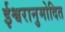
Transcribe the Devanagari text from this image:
ईश्वरानुमोदित